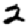
Digit: 2